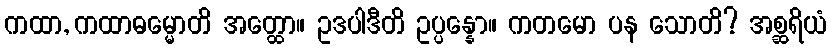
ကထာ, ကထာဓမ္မောတိ အတ္ထော။ ဥဒပါဒီတိ ဥပ္ပန္နော။ ကတမော ပန သောတိ? အစ္ဆရိယံ